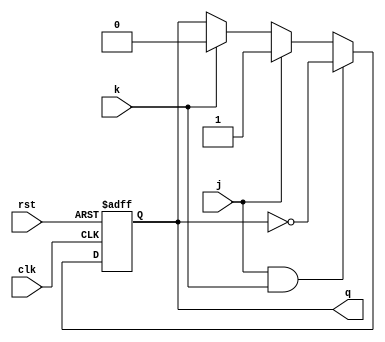
module jk_ff (
    input wire j, // input J
    input wire k, // input K
    input wire clk, // clock signal
    input wire rst, // asynchronous reset
    output reg q // output
);

always @(posedge clk or posedge rst)
begin
    if (rst)
        q <= 1'b0; // reset output to 0
    else
    begin
        if (j && k) // toggle state
            q <= ~q;
        else if (j)
            q <= 1'b1; // set output to 1
        else if (k)
            q <= 1'b0; // reset output to 0
    end
end

endmodule